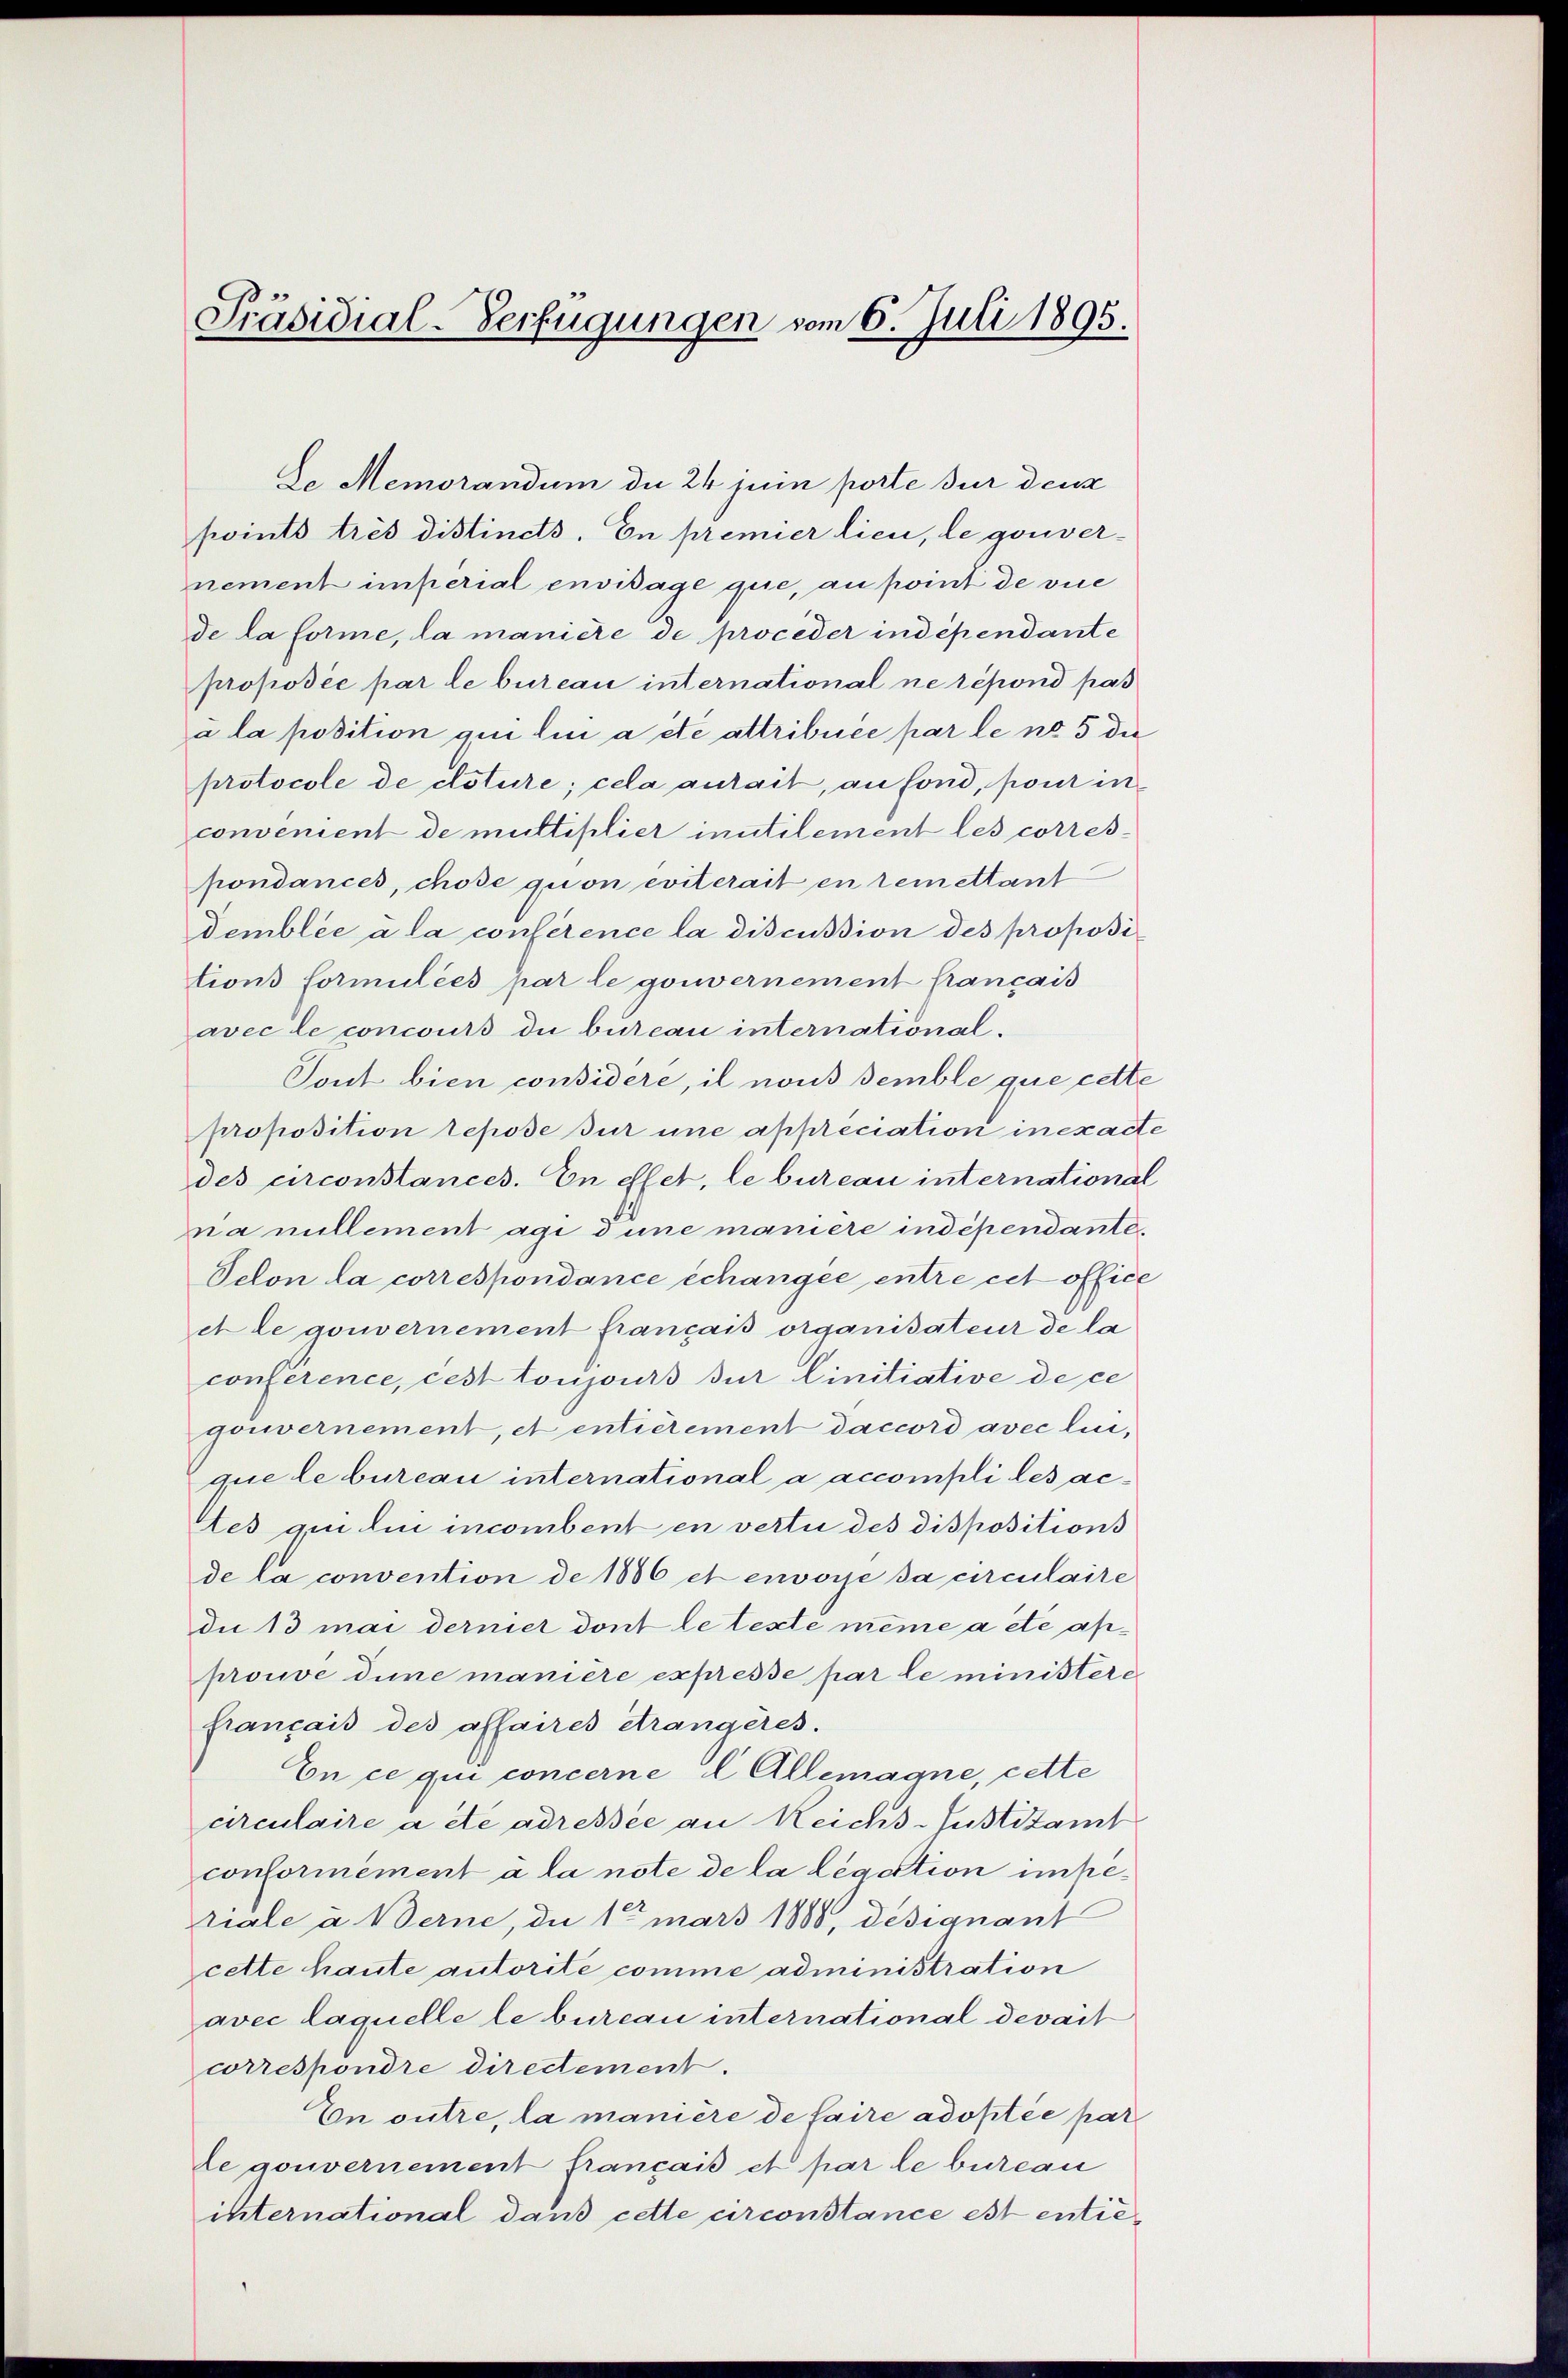
Präsidial-Verfügungen vom 6. Juli 1895.

De Memorandum die 24 jui porte sur den
points très distincts. En premier lieu, le gouvernement imperial envisage que, au point de vie
de la forme, la maniere de proceder indépendante
proposée par le bureau international ne répond pas
à la position qui lui a été attribuée par le no 5 die
protocole de doture; cela antait, aufond, pour in
convenient de multiplier inutilement les corres-
pondances, chose quon eviterait en remettant
demblée à la conférence la discussion des proposi
tions Formulées par le gouvernement français
avec le concours du bureau international¬
Tout bien considere, il nous semble que cette
proposition repose sur une appreciation in exacte
des circonstances. En effet, le bureau international
na nillement agi d une maniere indépendante
Telon la correspondance échangee entre cet office
et le gouvernement français organisateur de la
conference, cest toujours sur linitiative de ce
gouvernement, et entierement daccord avec lui,
que le bureau international a accompli les actes qui lui incombent en vertu des dispositions
de la convention de 1886 et envore sa circulaire
die 13 mai dernier dont le texte même a été approuve die manière expresse par le ministere
français des affaires étrangeres.
En ce qui concerne Allemagne, cette
circulaire a etc adressée an Reichs-Justitamt
conformément à la note de la legation imperiale à Berne, die 1te mars 1888, designant
cette haute autorité comme administration
avec laquelle le bureau international devait
correspondre directement.
En outre, la manière de faire adoptée par
de gouvernement français et par le bureau
international dans cette circonstance est entie¬